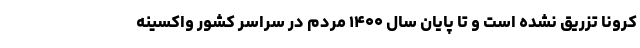
کرونا تزریق نشده است و تا پایان سال ۱۴۰۰ مردم در سراسر کشور واکسینه